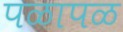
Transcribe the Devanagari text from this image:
पळापळ